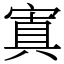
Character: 寘